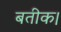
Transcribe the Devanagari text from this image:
बतीक।